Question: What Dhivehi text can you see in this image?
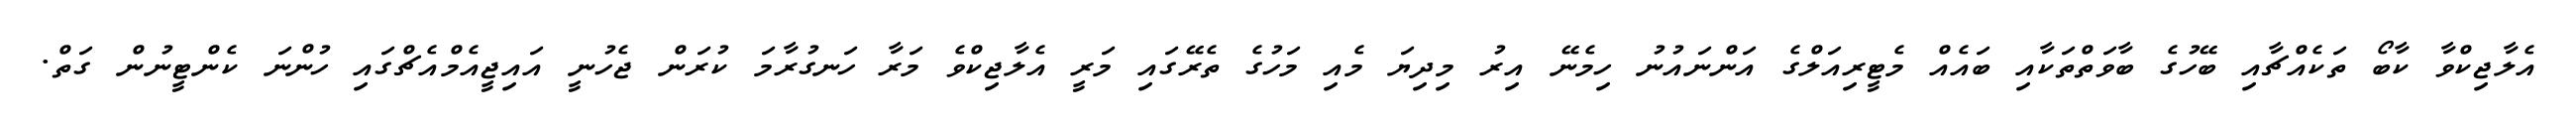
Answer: އެލާޖިކްވާ ކާބޯ ތަކެއްޗާއި ބޭހުގެ ބާވަތްތަކާއި ބައެއް މެޓީރިއަލްގެ އަންނައުނު ހިމެނޭ އިރު މިދިޔަ މެއި މަހުގެ ތެރޭގައި މަރީ އެލާޖިކްވެ މަރާ ހަނގުރާމަ ކުރަން ޖެހުނީ އައިޖީއެމްއެޗްގައި ހުންނަ ކެންޓީނުން ގަތް.